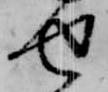
せ